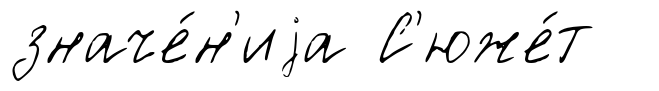
значе́н'иjа С'юже́т